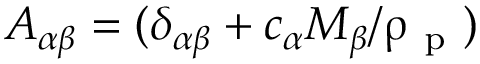
A _ { \alpha \beta } = ( \delta _ { \alpha \beta } + c _ { \alpha } M _ { \beta } / \uprho _ { \mathrm { ~ p ~ } } )